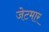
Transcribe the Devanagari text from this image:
जेटमार